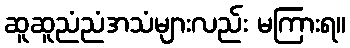
ဆူဆူညံညံအသံများလည်း မကြားရ။